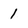
Character: 1